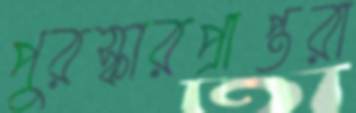
পুরস্কারপ্রাপ্তরা